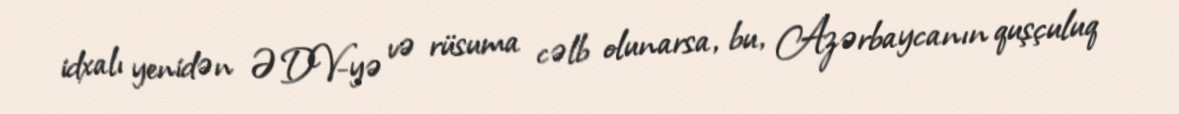
idxalı yenidən ƏDV-yə və rüsuma cəlb olunarsa, bu, Azərbaycanın quşçuluq